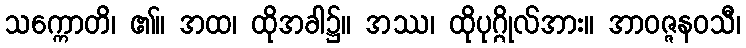
သက္ကောတိ၊ ၏။ အထ၊ ထိုအခါ၌။ အဿ၊ ထိုပုဂ္ဂိုလ်အား။ အာဝဇ္ဇနဝသီ၊